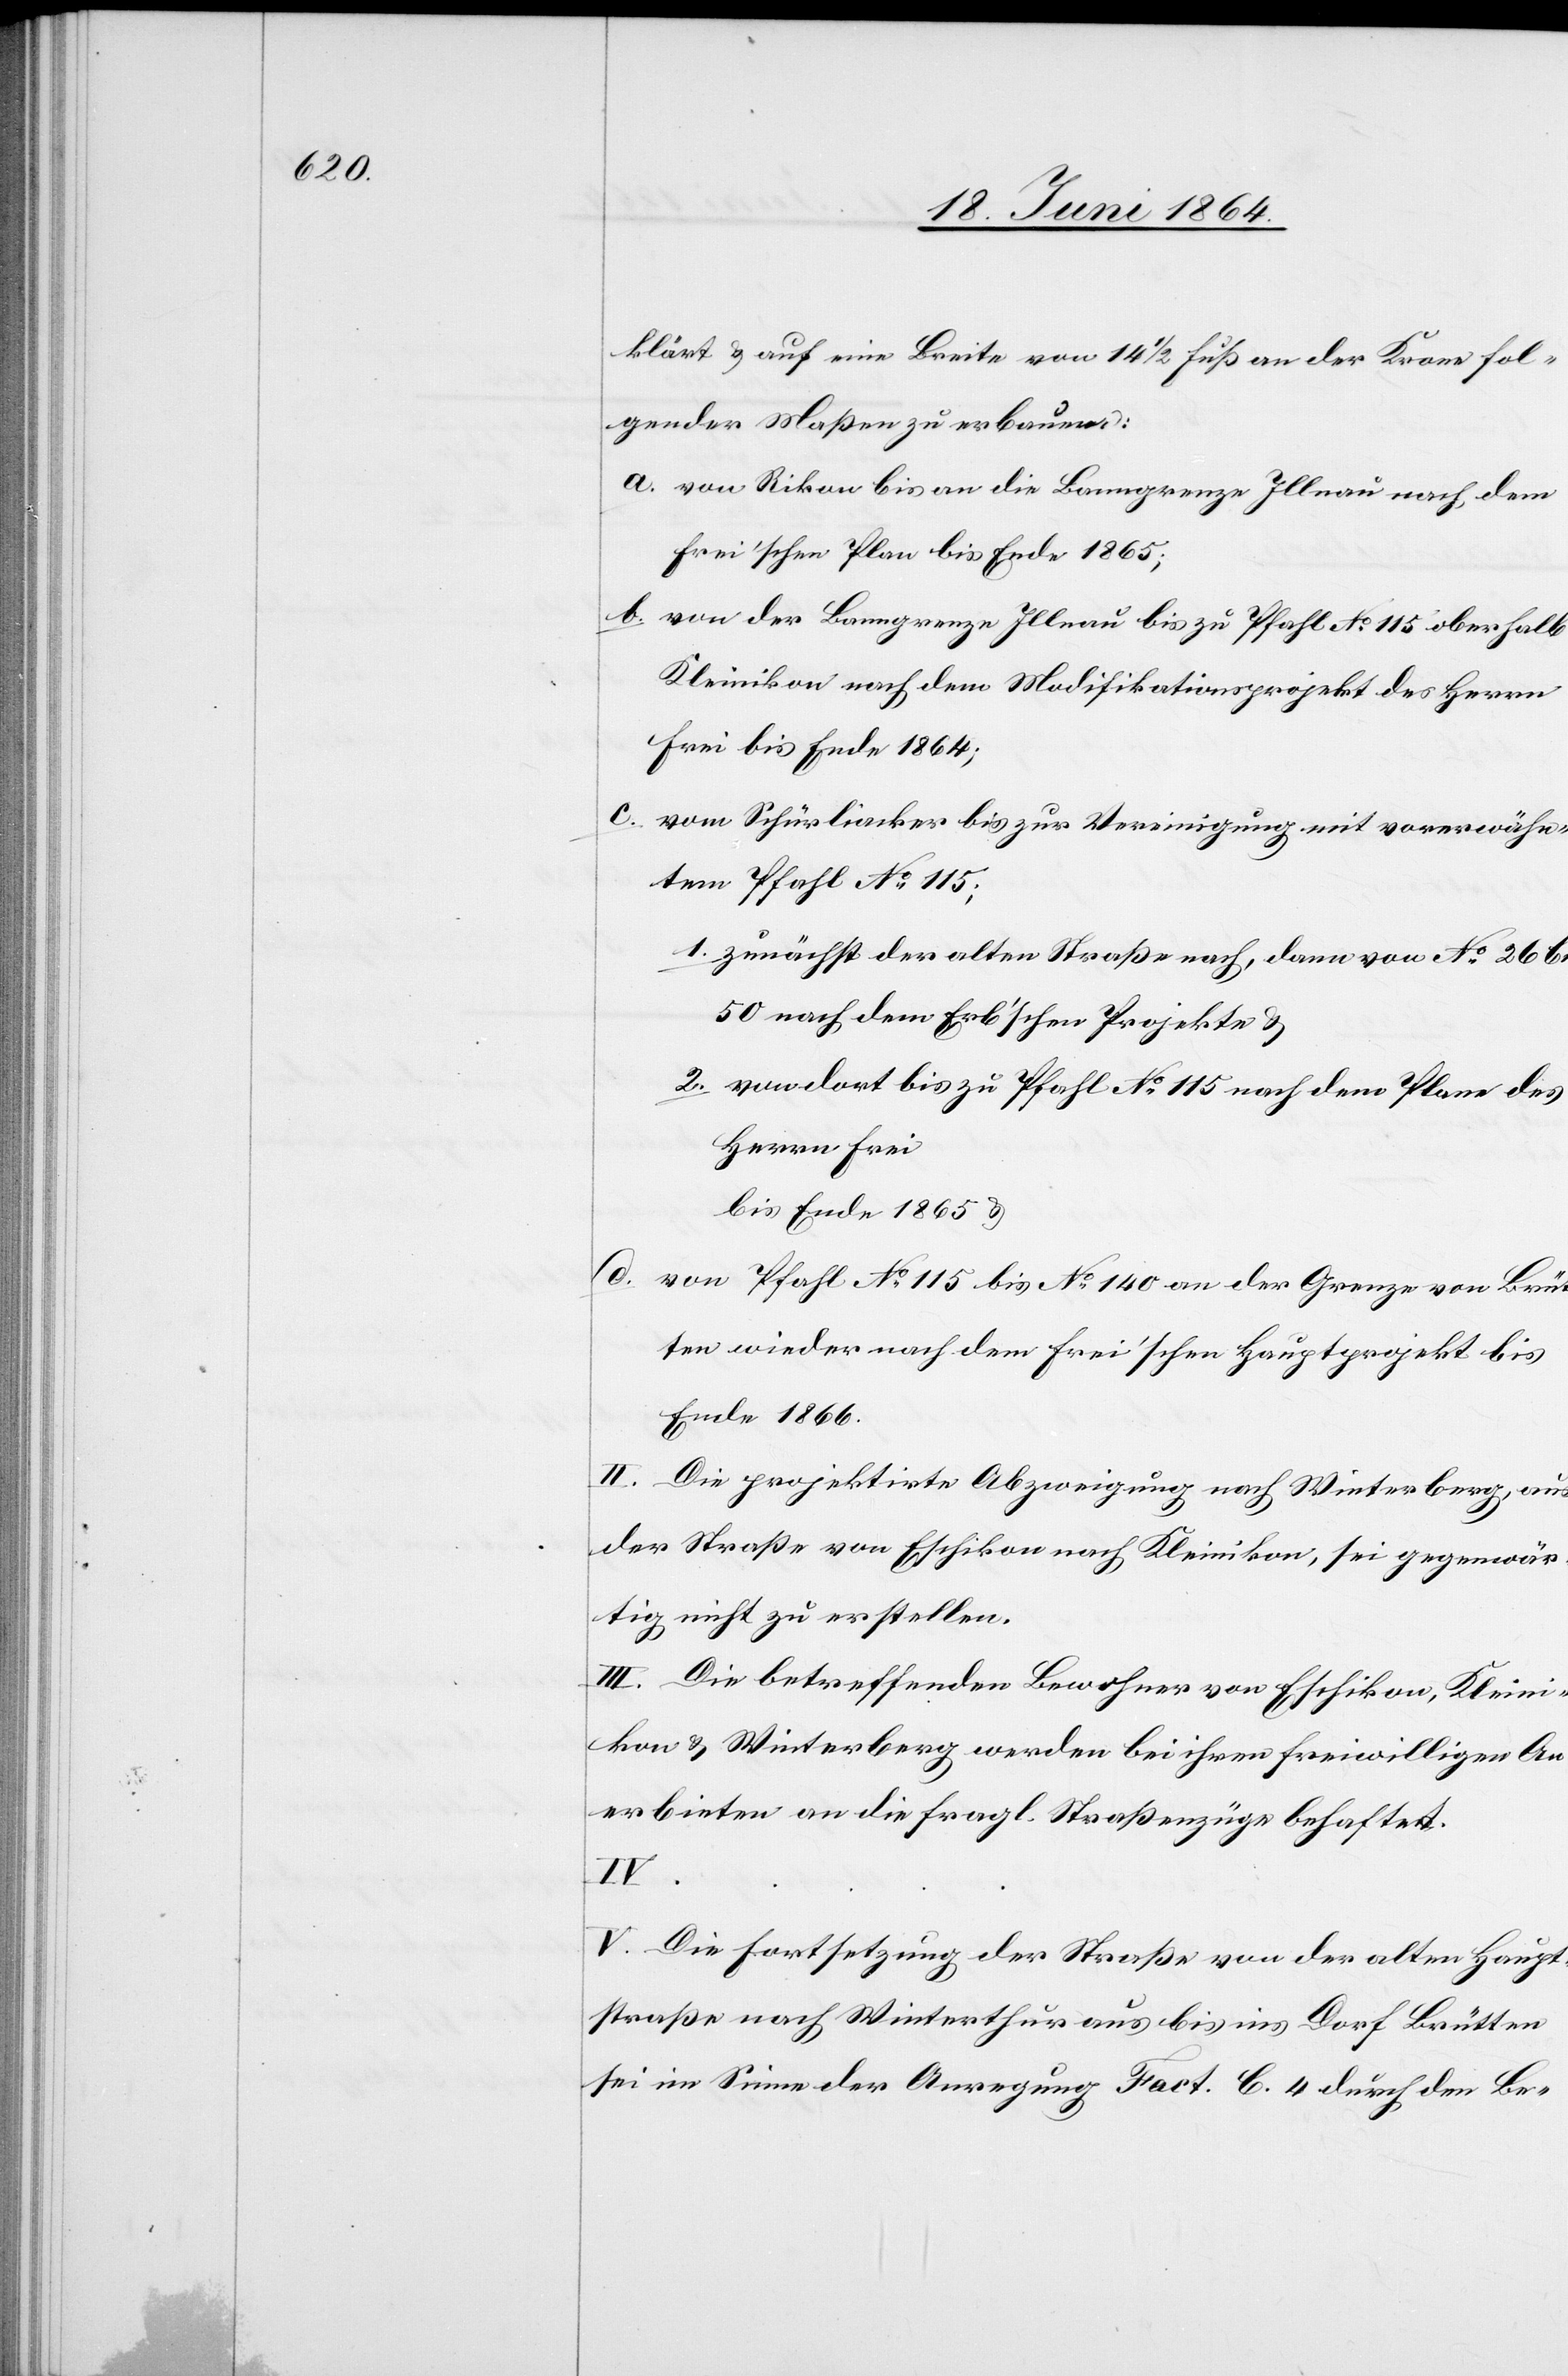
klärt u. auf eine Breite von 14 1/2 Fuß an der Krone fol¬
gender Maßen zu erbauen:
a. von Rikon bis an die Banngrenze Illnau nach dem
Frei’schen Plan bis Ende 1865;
b. von der Banngrenze Illnau bis zu Pfahl No 115 oberhalb
Kleinikon nach dem Modifikationsprojekt des Herrn
Frei bis Ende 1864;
c. vom Schürliacker bis zur Vereinigung mit vorerwähn¬
tem Pfahl No 115;
1. zunächst der alten Straße nach, dann von No 26 bis
50 nach dem Erb’schen Projekte u.
2. von dort bis zu Pfahl No 115 nach dem Plane des
Herrn Frei
bis Ende 1865 u.
d. von Pfahl No 115 bis No 140 an der Grenze von Brüt¬
ten wieder nach dem Frei’schen Hauptprojekt bis
Ende 1866.
II. Die projektirte Abzweigung nach Winterberg, aus
der Straße von Eschikon nach Kleinikon, sei gegenwär¬
tig nicht zu erstellen.
III. Die betreffenden Bewohner von Eschikon, Kleini¬
kon u. Winterberg werden bei ihren freiwilligen An¬
erbieten an die fragl. Straßenzüge behaftet.
….
V. Die Fortsetzung der Straße von der alten Haupt¬
straße nach Winterthur aus bis ins Dorf Brütten
sei im Sinne der Anregung Fact. C. 4 durch den Be-